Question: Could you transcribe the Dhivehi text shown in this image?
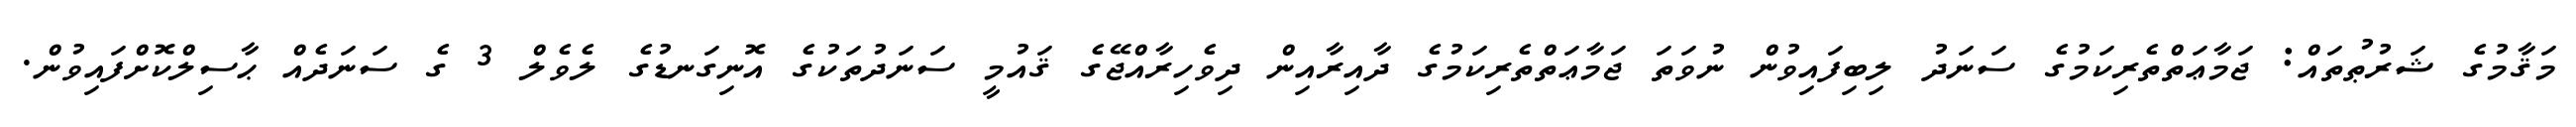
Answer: މަޤާމުގެ ޝަރުޠުތައް: ޖަމާޢަތްތެރިކަމުގެ ސަނަދު ލިބިފައިވުން ނުވަތަ ޖަމާޢަތްތެރިކަމުގެ ދާއިރާއިން ދިވެހިރާއްޖޭގެ ޤައުމީ ސަނަދުތަކުގެ އޮނިގަނޑުގެ ލެވެލް 3 ގެ ސަނަދެއް ޙާސިލްކޮށްފައިވުން.